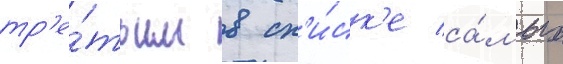
тр'е́тьим в сп'и́ск'е са́мых